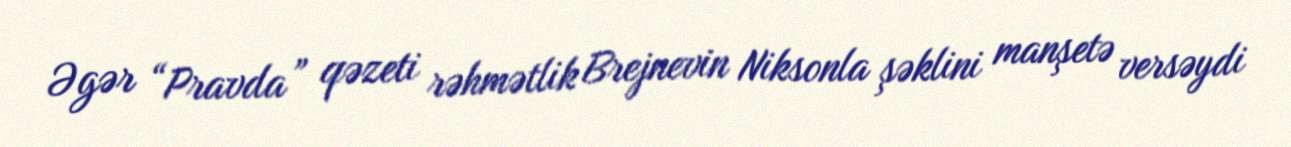
Əgər “Pravda” qəzeti rəhmətlik Brejnevin Niksonla şəklini manşetə versəydi